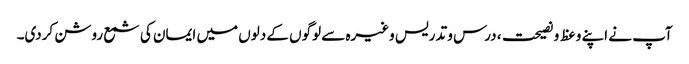
آپ نے اپنے وعظ و نصیحت، درس و تدریس وغیرہ سے لوگوں کے دلوں میں ایمان کی شمع روشن کردی۔